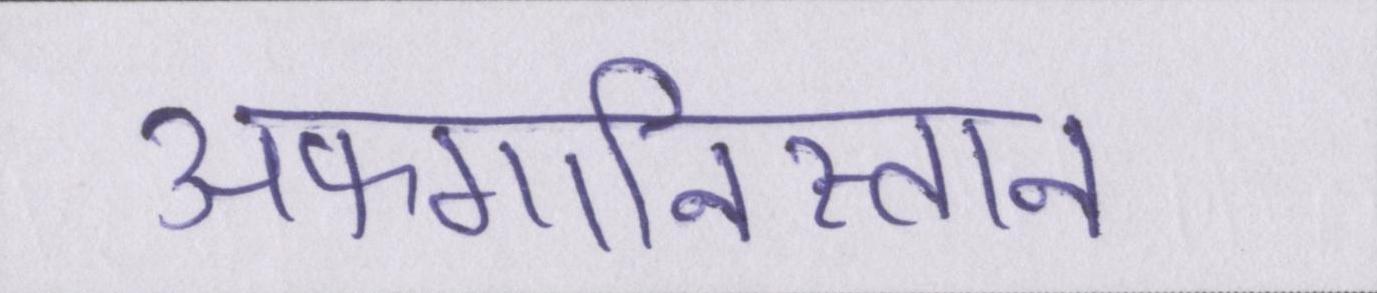
अफगानिस्तान